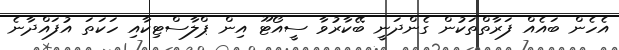
އެހެން ބައެއް ފަރާތްތަކުން ގެންދަނީ ބޭކާރުވާ ސީއޯޓޫ އިން ޕްލާސްޓިކާއި ހަކަތަ އުފައްދާނެ